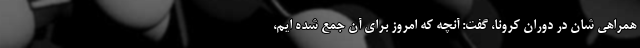
همراهی شان در دوران کرونا، گفت: آنچه که امروز برای آن جمع شده ایم،